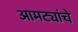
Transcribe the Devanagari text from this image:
आमट्यांचे